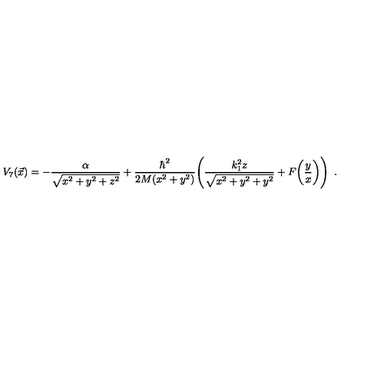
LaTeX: V _ { 7 } ( \vec { x } ) = - { \frac { \alpha } { \sqrt { x ^ { 2 } + y ^ { 2 } + z ^ { 2 } } } } + { \frac { \hbar ^ { 2 } } { 2 M ( x ^ { 2 } + y ^ { 2 } ) } } \Bigg ( { \frac { k _ { 1 } ^ { 2 } z } { \sqrt { x ^ { 2 } + y ^ { 2 } + y ^ { 2 } } } } + F \bigg ( { \frac { y } { x } } \bigg ) \Bigg ) \enspace .